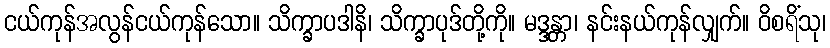
ငယ်ကုန်အလွန်ငယ်ကုန်သော။ သိက္ခာပဒါနိ၊ သိက္ခာပုဒ်တို့ကို။ မဒ္ဒန္တာ၊ နင်းနယ်ကုန်လျှက်။ ဝိစရိံသု၊